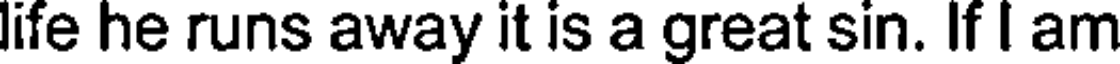
life he runs away it is a great sin. If I am